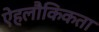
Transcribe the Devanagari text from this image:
ऐहलौकिकता